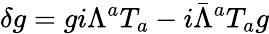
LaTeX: \delta g=gi\Lambda^{a}T_{a}-i\bar{\Lambda}^{a}T_{a}g